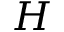
H